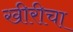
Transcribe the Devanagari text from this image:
खीरीचा